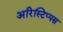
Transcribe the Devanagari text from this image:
अरिस्टिप्पस